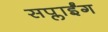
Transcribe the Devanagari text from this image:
सप्लाईंग